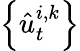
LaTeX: \left\{ \hat{u}_{t}^{i,k}\right\}